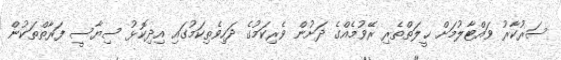
ސަރުކާރު ވައްޓާލުމަށް ޙީލަތްތެރި ރޭވުމެއްގެ ދަށުން ވެރިކަމުގެ ދަހިވެތިކަމުގައި އިދިކޮޅު ސިޔާސީ ފަރާތްތަކުން